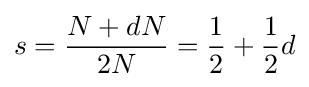
s={\frac {N+dN}{2N}}={\frac {1}{2}}+{\frac {1}{2}}d